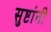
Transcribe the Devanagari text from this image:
सुष्टांनी